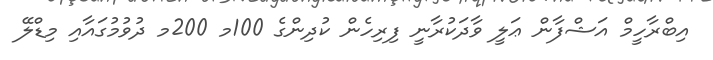
އިބްރާހީމް އަޝްފާން ޢަލީ ވާދަކުރާނީ ފިރިހެން ކުދިންގެ 100މ 200މ ދުވުމުގައާއި މިޑްލޭ